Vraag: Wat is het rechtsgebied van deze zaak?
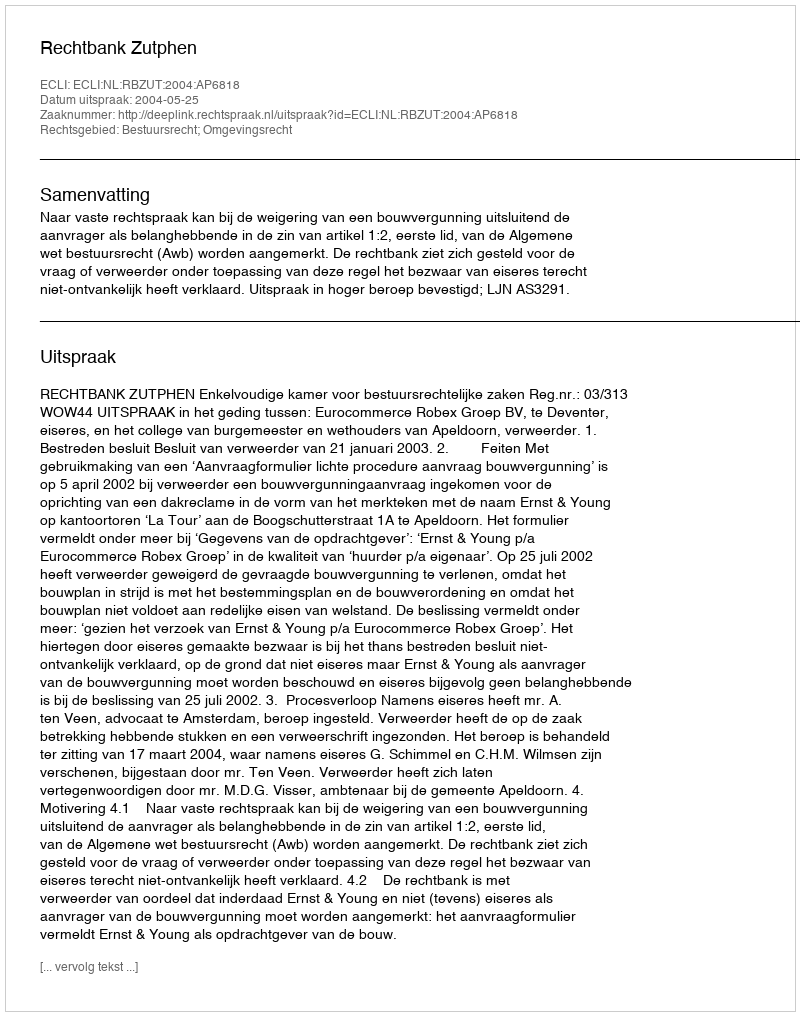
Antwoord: Bestuursrecht; Omgevingsrecht